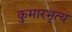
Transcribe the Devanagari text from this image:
कुमारभृत्य